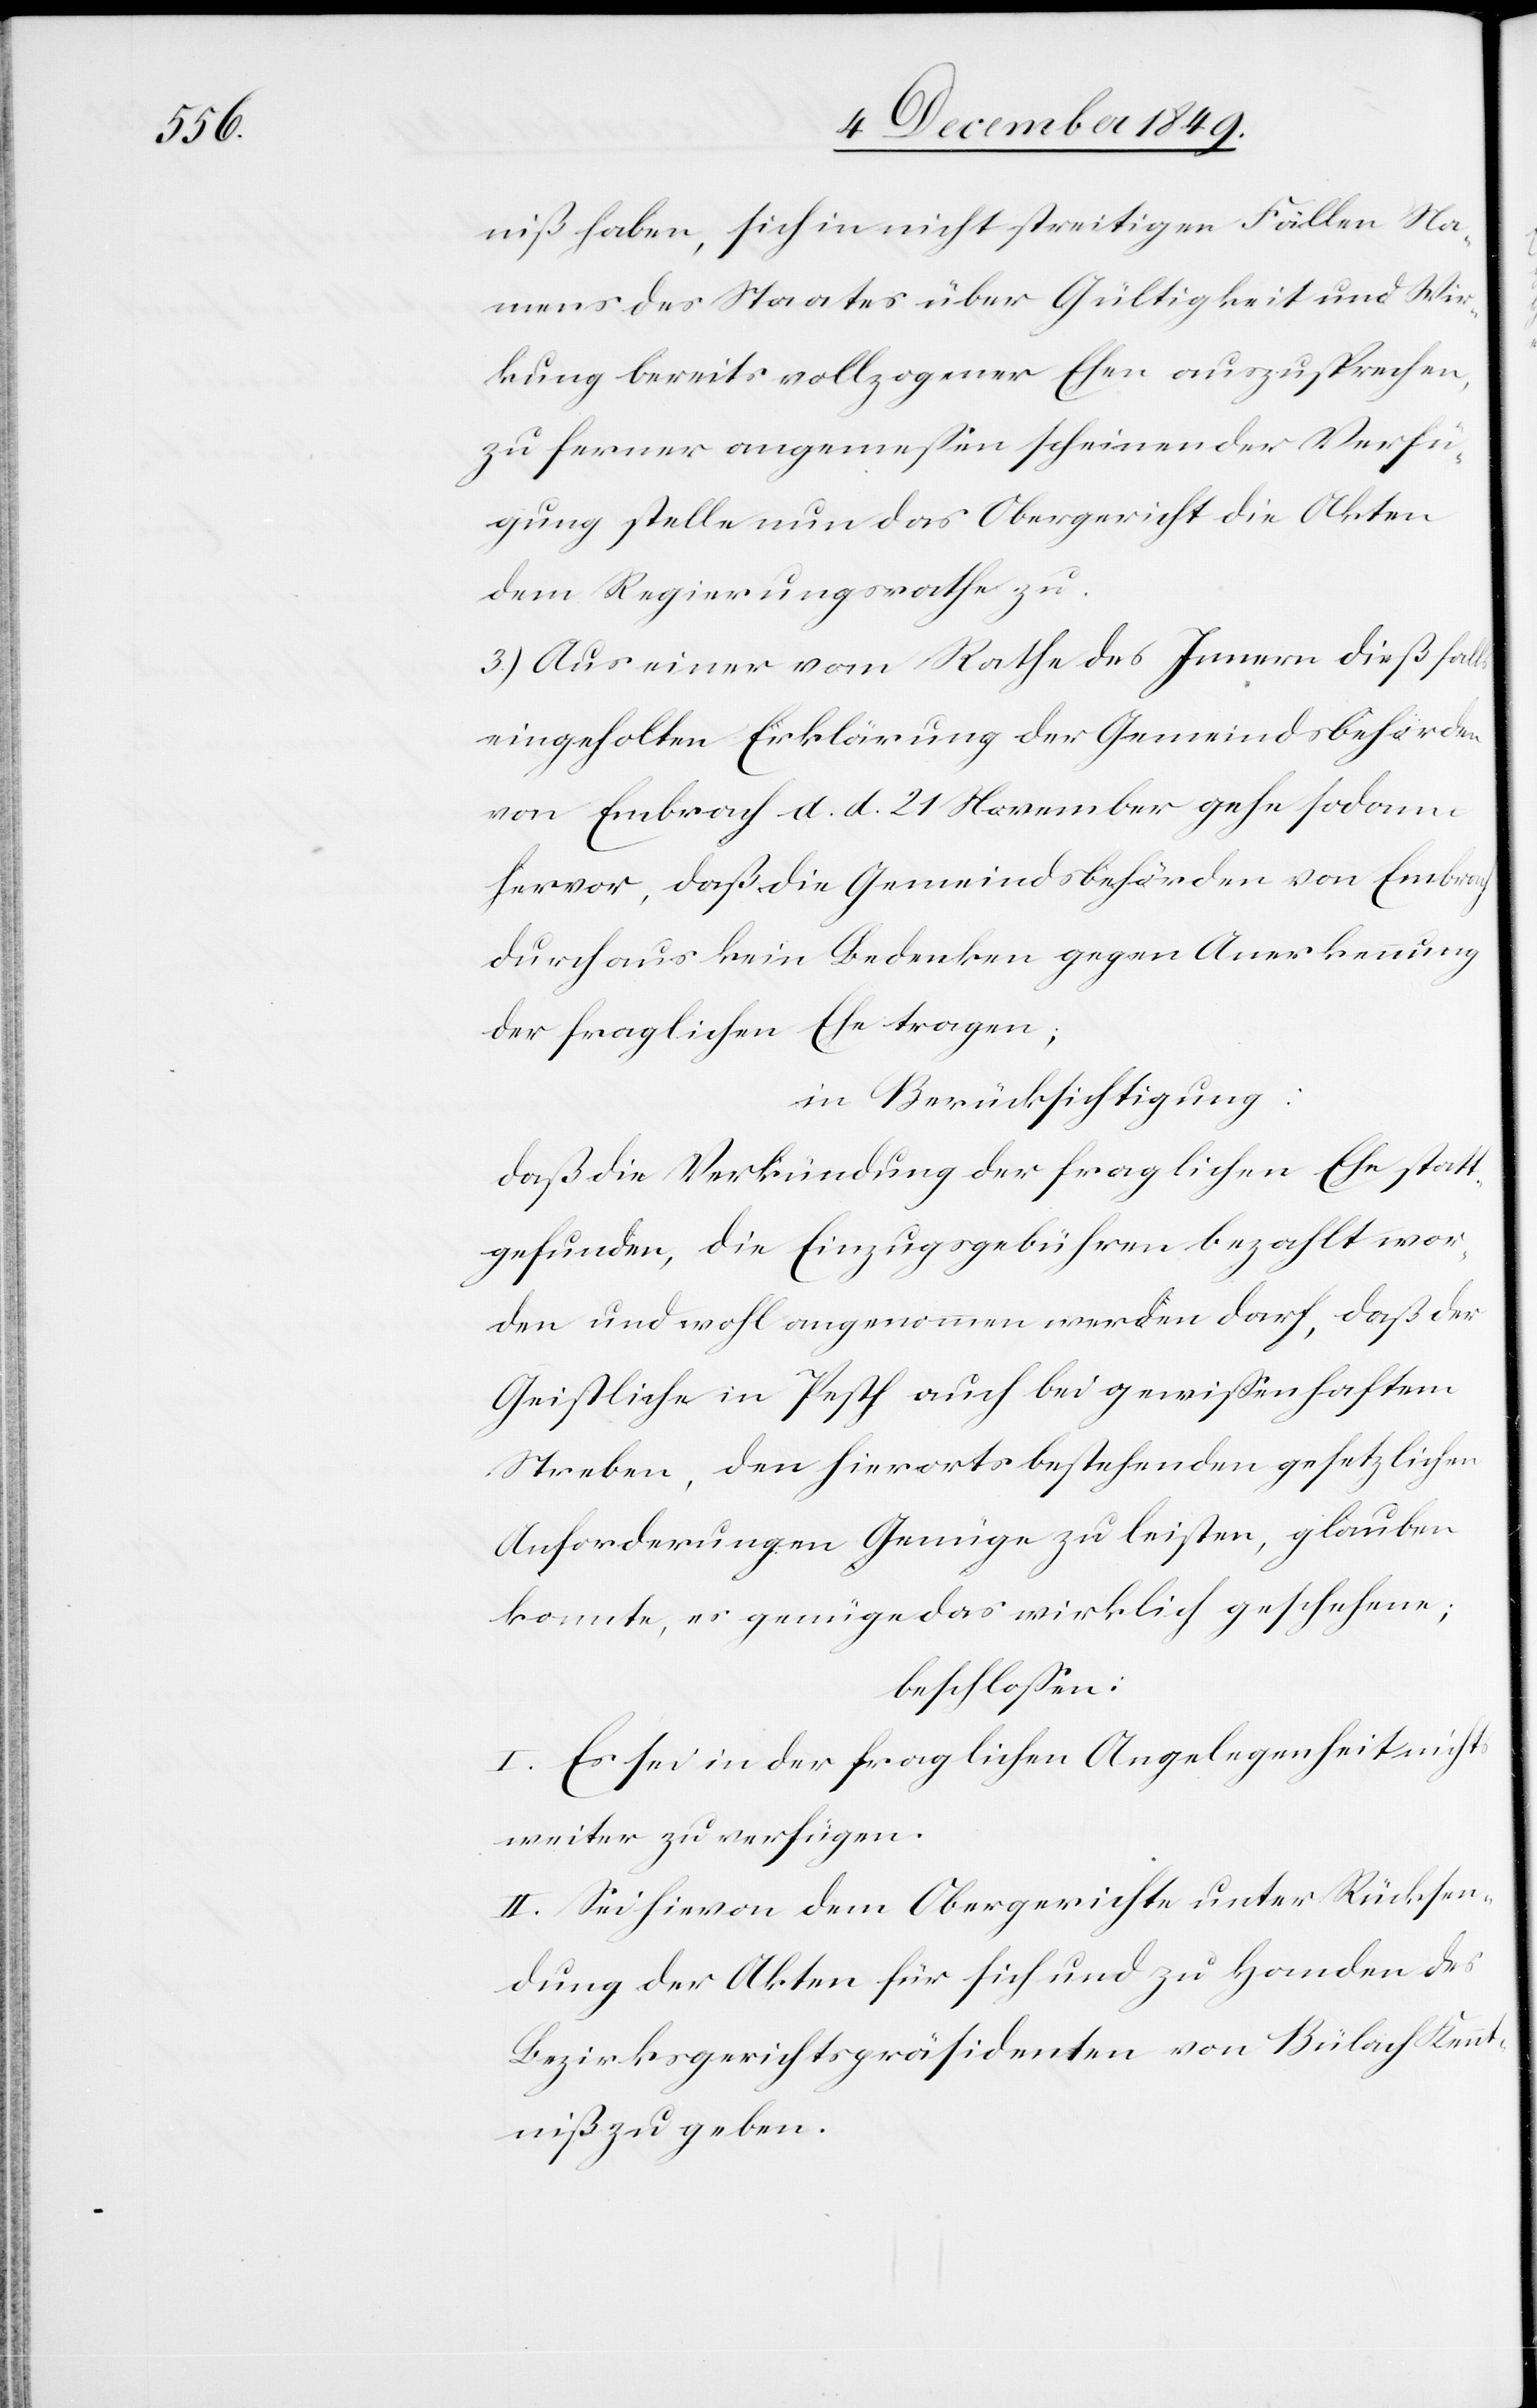
niß haben, sich in nicht streitigen Fällen Na¬
mens des Staates über Gültigkeit und Wir¬
kung bereits vollzogener Ehen auszusprechen,
zu ferner angemeßen scheinender Verfü¬
gung stelle nun das Obergericht die Akten
dem Regierungsrathe zu.
3.) Aus einer vom Rathe des Innern dießfalls
eingeholten Erklärung der Gemeindsbehörden
von Embrach d. d. 21 November gehe sodann
hervor, daß die Gemeindsbehörden von Embrach
durchaus kein Bedenken gegen Anerkennung
der fraglichen Ehe tragen;
in Berücksichtigung:
daß die Verkündung der fraglichen Ehe statt¬
gefunden, die Einzugsgebühren bezahlt wor¬
den und wohl angenommen werden darf, daß der
Geistliche in Pesth auch bei gewißenhaften
Streben, den hierorts bestehenden gesetzlichen
Anforderungen Genüge zu leisten, glauben
konnte, es genüge das wirkliche geschehene;
beschloßen:
I. Es sei in der fraglichen Angelegenheit nichts
weiter zu verfügen.
II. Sei hievon dem Obergerichte unter Rücksen¬
dung der Akten für sich und zu Handen des
Bezirksgerichtspräsidenten von Bülach Kennt¬
niß zu geben.